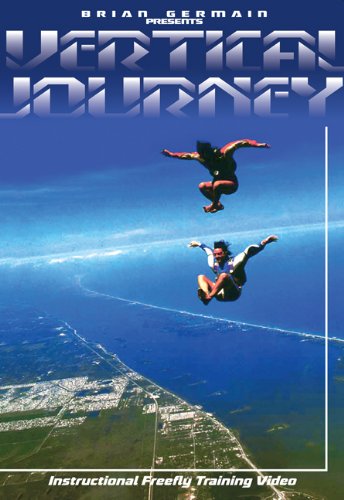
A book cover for Vertical Journey: Instructional Freefly Training Video; Sports & Outdoors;